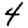
Digit: 4